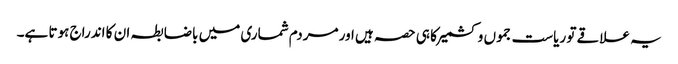
یہ علاقے تو ریاست جموں و کشمیر کا ہی حصہ ہیں اور مردم شماری میں باضابطہ ان کا اندراج ہوتا ہے۔